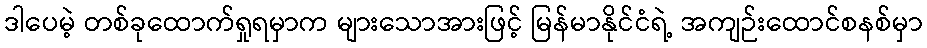
ဒါပေမဲ့ တစ်ခုထောက်ရှုရမှာက များသောအားဖြင့် မြန်မာနိုင်ငံရဲ့ အကျဉ်းထောင်စနစ်မှာ